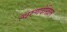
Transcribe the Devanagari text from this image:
त्वरणदेखिल